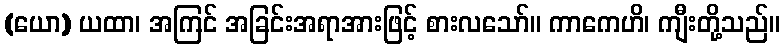
(ယော) ယထာ၊ အကြင် အခြင်းအရာအားဖြင့် စားလသော်။ ကာကေဟိ၊ ကျီးတို့သည်။